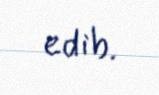
edib.